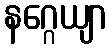
နဂ္ဂေယျာ